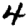
Digit: 4